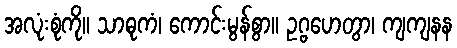
အလုံးစုံကို။ သာဓုကံ၊ ကောင်းမွန်စွာ။ ဥဂ္ဗဟေတွာ၊ ကျကျနန